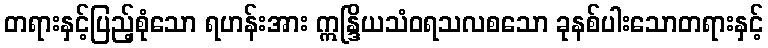
တရားနှင့်ပြည့်စုံသော ရဟန်းအား ဣန္ဒြိယသံဝရသလစသော ခုနစ်ပါးသောတရားနှင့်